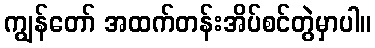
ကျွန်တော် အထက်တန်းအိပ်စင်တွဲမှာပါ။